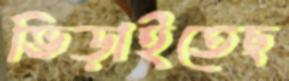
ভিড়াইতেছ